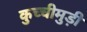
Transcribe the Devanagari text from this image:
कुच्चीमुड़ी